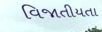
વિજાતીયતા